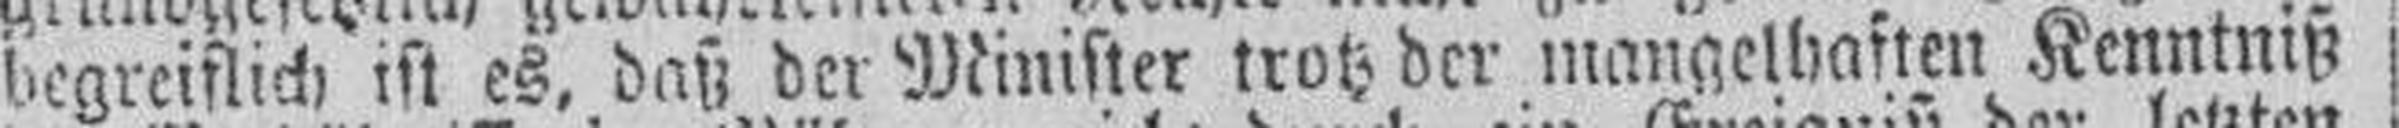
begreiflich ist es, daß der Minister trotz der mangelhaften Kenntniß